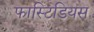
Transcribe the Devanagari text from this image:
फास्टिडियस